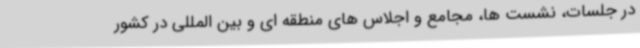
در جلسات، نشست ها، مجامع و اجلاس های منطقه ای و بین المللی در کشور